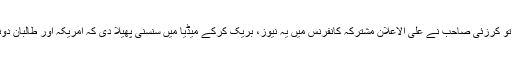
....حال ہی میں نئے امریکی وزیر دفاع چک ہیگل نے کابل کا دورہ کیا تو کرزئی صاحب نے علی الاعلان مشترکہ کانفرنس میں یہ نیوز، بریک کرکے میڈیا میں سنسنی پھیلا دی کہ امریکہ اور طالبان دونوں ایک ہی صفحے پر ہیں اور وہ افغانوں کے حقوق پامال کررہے ہیں۔